Trukikaitis_Postimees, lk 64
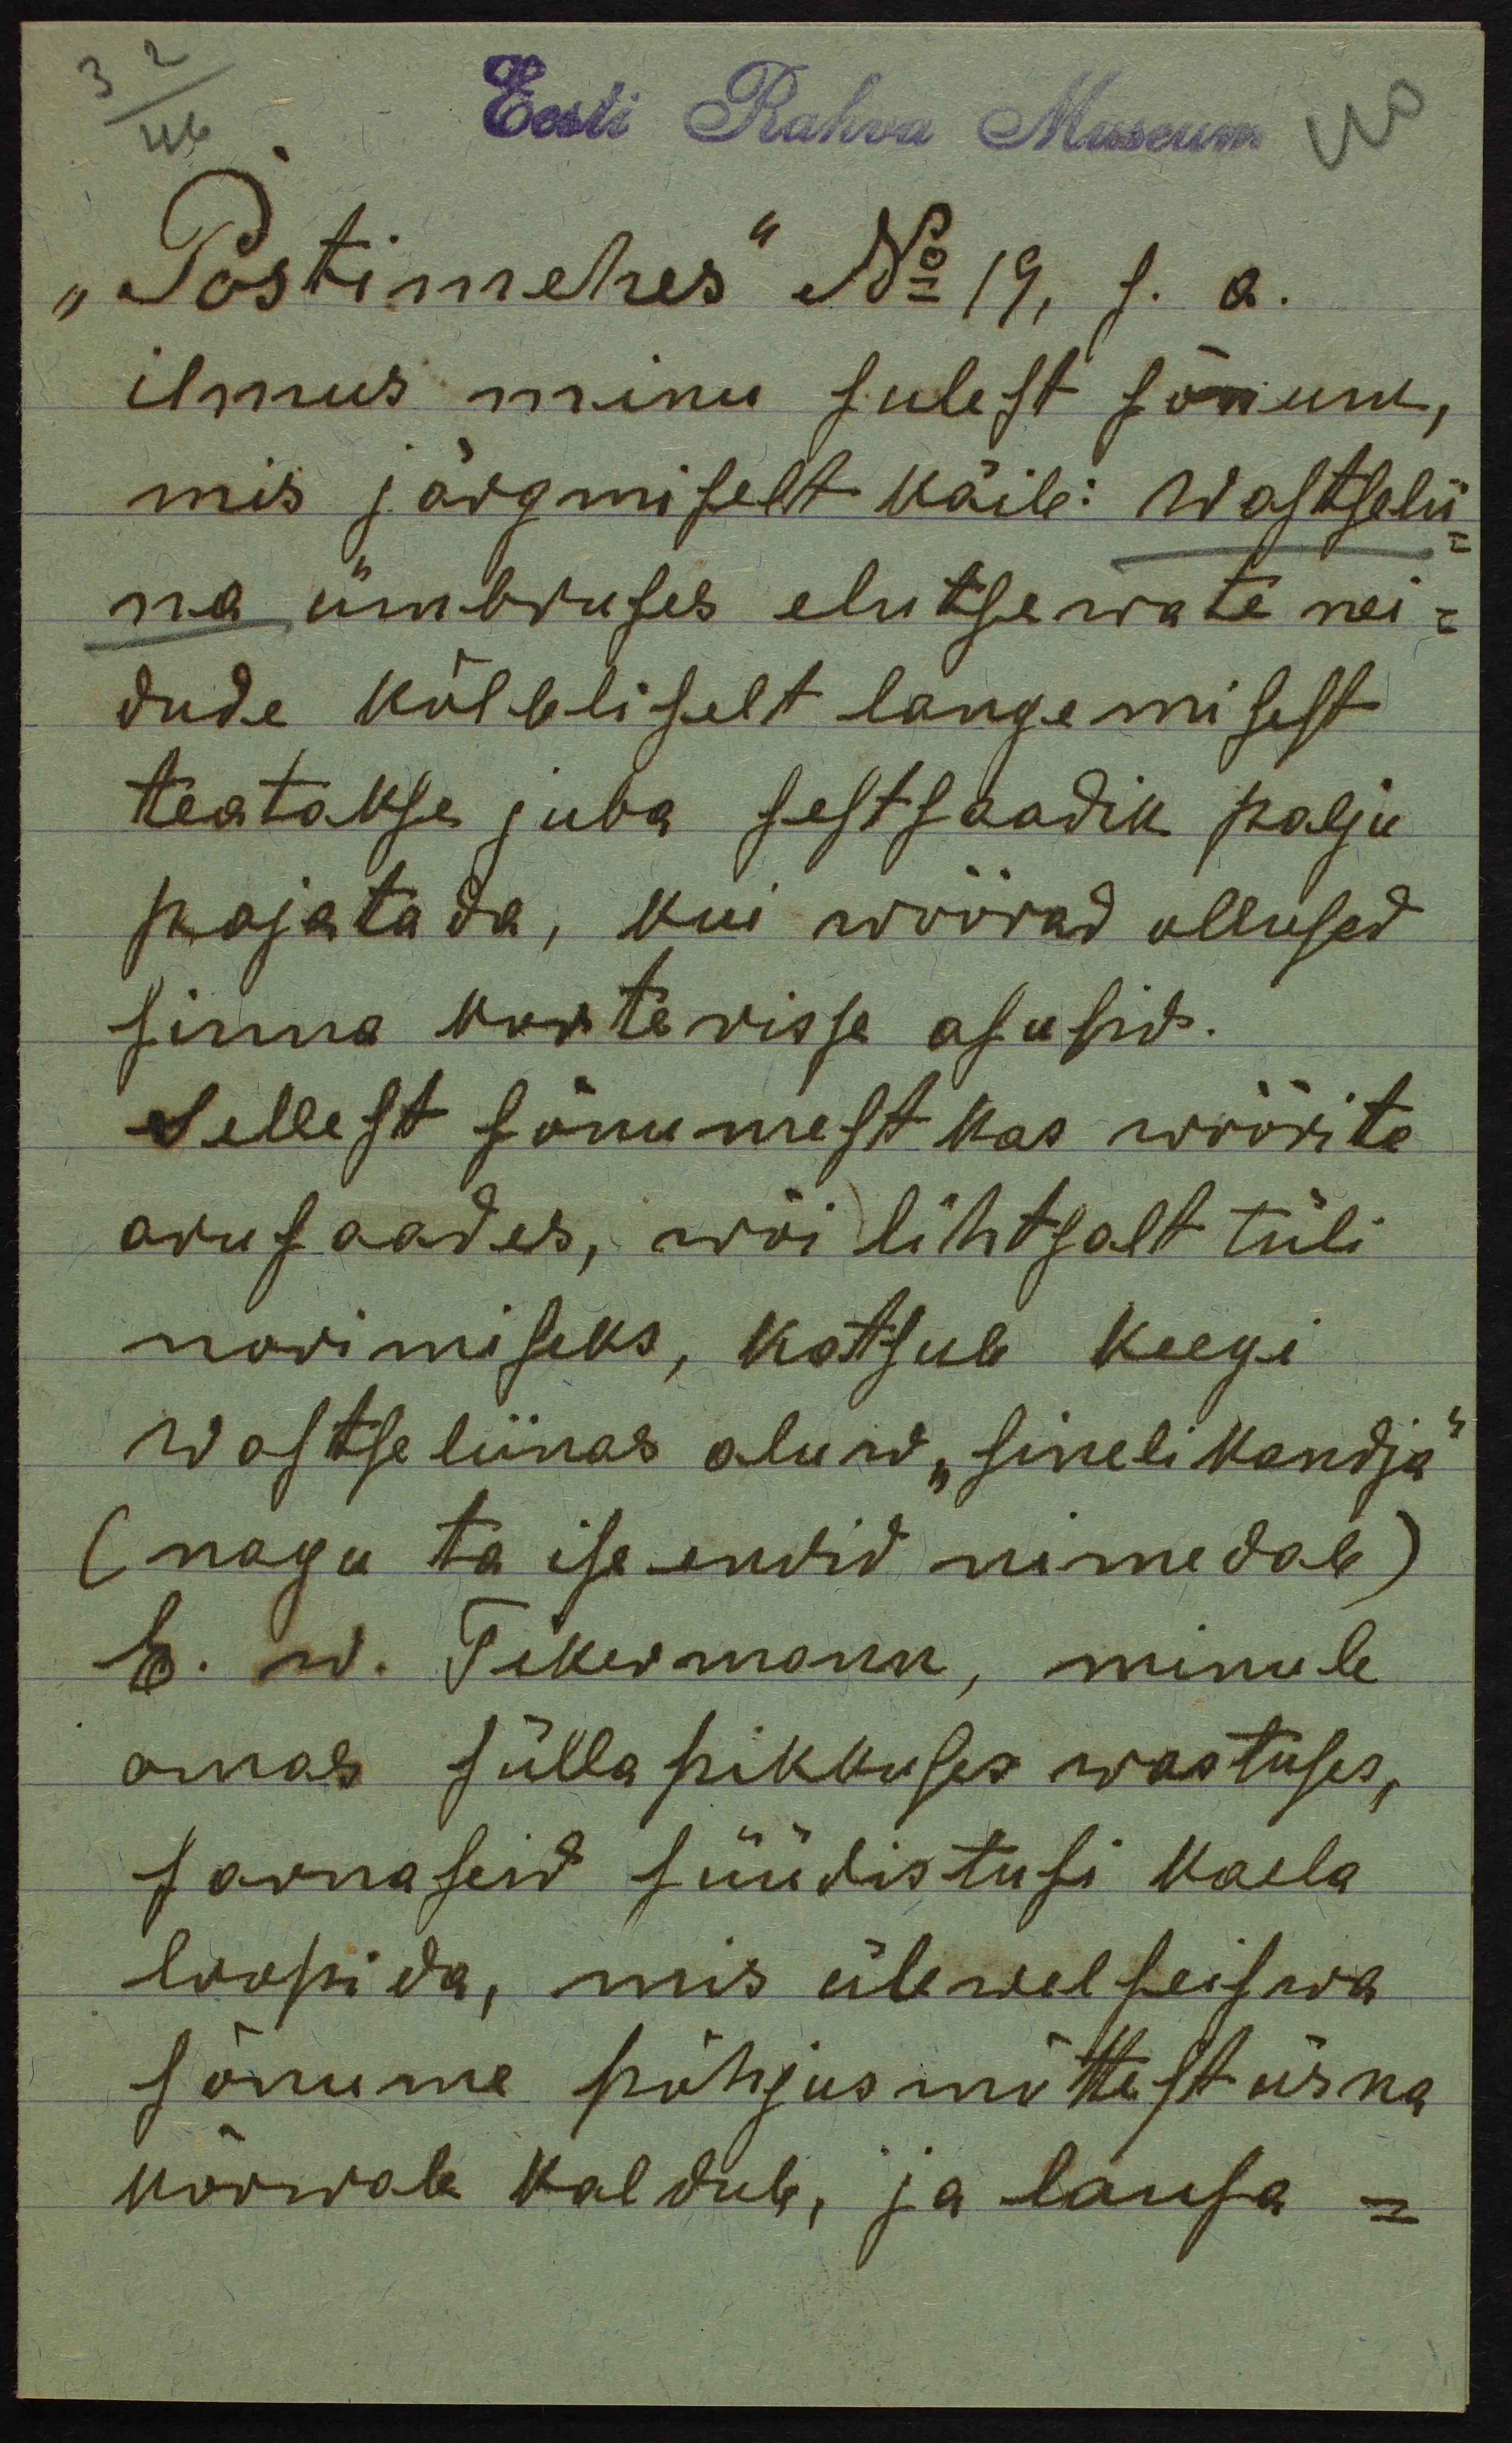
Eesti Rahva Museum
"Postimehes" No 19, s. a.
ilmus minu sulest sõnum,
mis järgmiselt käib: Wastselii-
na ümbruses elutsewate nei-
dude kõlbliselt langemisest
teatakse juba sestsaadik palju
pajatada, kui wõõrad ollused
sinna korterisse asusid.
Sellest sõnumest kas wõõrite
arusaades, wõi lihtsalt tüli
norimiseks, katsub keegi
wastseliinas oluw "sinelikandja"
(nagu ta ise endid nimedab)
E. W. Tikermann, minule
omas süllapikkuses wastuses,
sarnaseid süüdistusi kaela
loopida, mis ülewalseiswa
sõnume põhjusmõttest üsna
kõrwale kaldub, ja lausa-